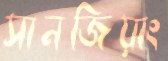
সানজিয়াং